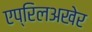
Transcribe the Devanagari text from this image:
एप्रिलअखेर